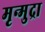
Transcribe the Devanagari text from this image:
मृन्मुद्रा